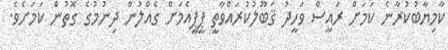
ކާމިޔާބުކުރާނެ ކަމަށް ރައީސް ވަހީދު ޤަބޫލުކުރައްވާތީ ޕީޕީއެމަށް ގެއްލުން ދިނުމުގެ ގޮތުން ކަމަށެވެ.